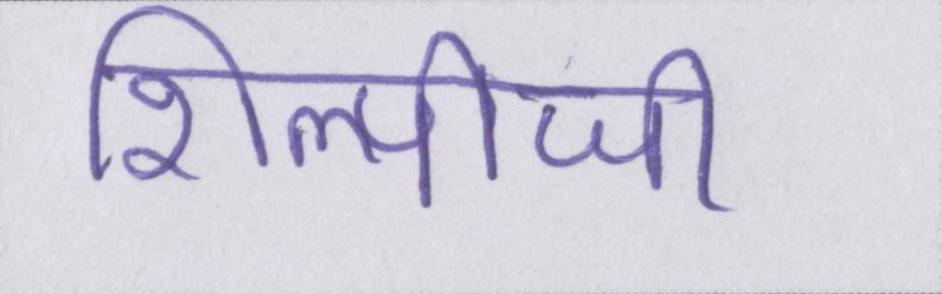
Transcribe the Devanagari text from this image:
शिल्पीजी